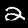
Digit: 2